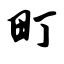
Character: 町